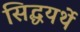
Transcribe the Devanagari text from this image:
सिद्धयर्थे